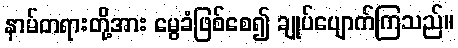
နာမ်တရားတို့အား မွေခံဖြစ်စေ၍ ချုပ်ပျောက်ကြသည်။